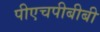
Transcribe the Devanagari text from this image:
पीएचपीबीबी